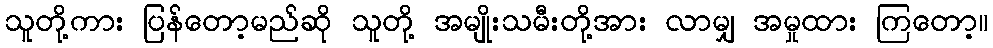
သူတို့ကား ပြန်တော့မည်ဆို သူတို့ အမျိုးသမီးတို့အား လာမျှ အမှုထား ကြတော့။